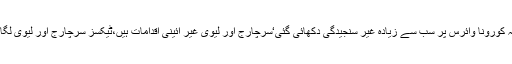
اپنی تقریر میں سید نوید قمر نے کہا ہے کہ کورونا وائرس پر سب سے زیادہ غیر سنجیدگی دکھائی گئی‘سرچارج اور لیوی غیر آئینی اقدامات ہیں،ٹیکسز سرچارج اور لیوی لگانے کا اختیار واپس پارلیمنٹ کو دیا جائے۔